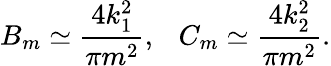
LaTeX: B_{m}\simeq\frac{4k_{1}^{2}}{\pi m^{2}},\ \ \ C_{m}\simeq\frac{4k_{2}^{2}}{\pi m^{2}}.